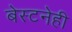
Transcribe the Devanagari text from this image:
बेस्टनेही